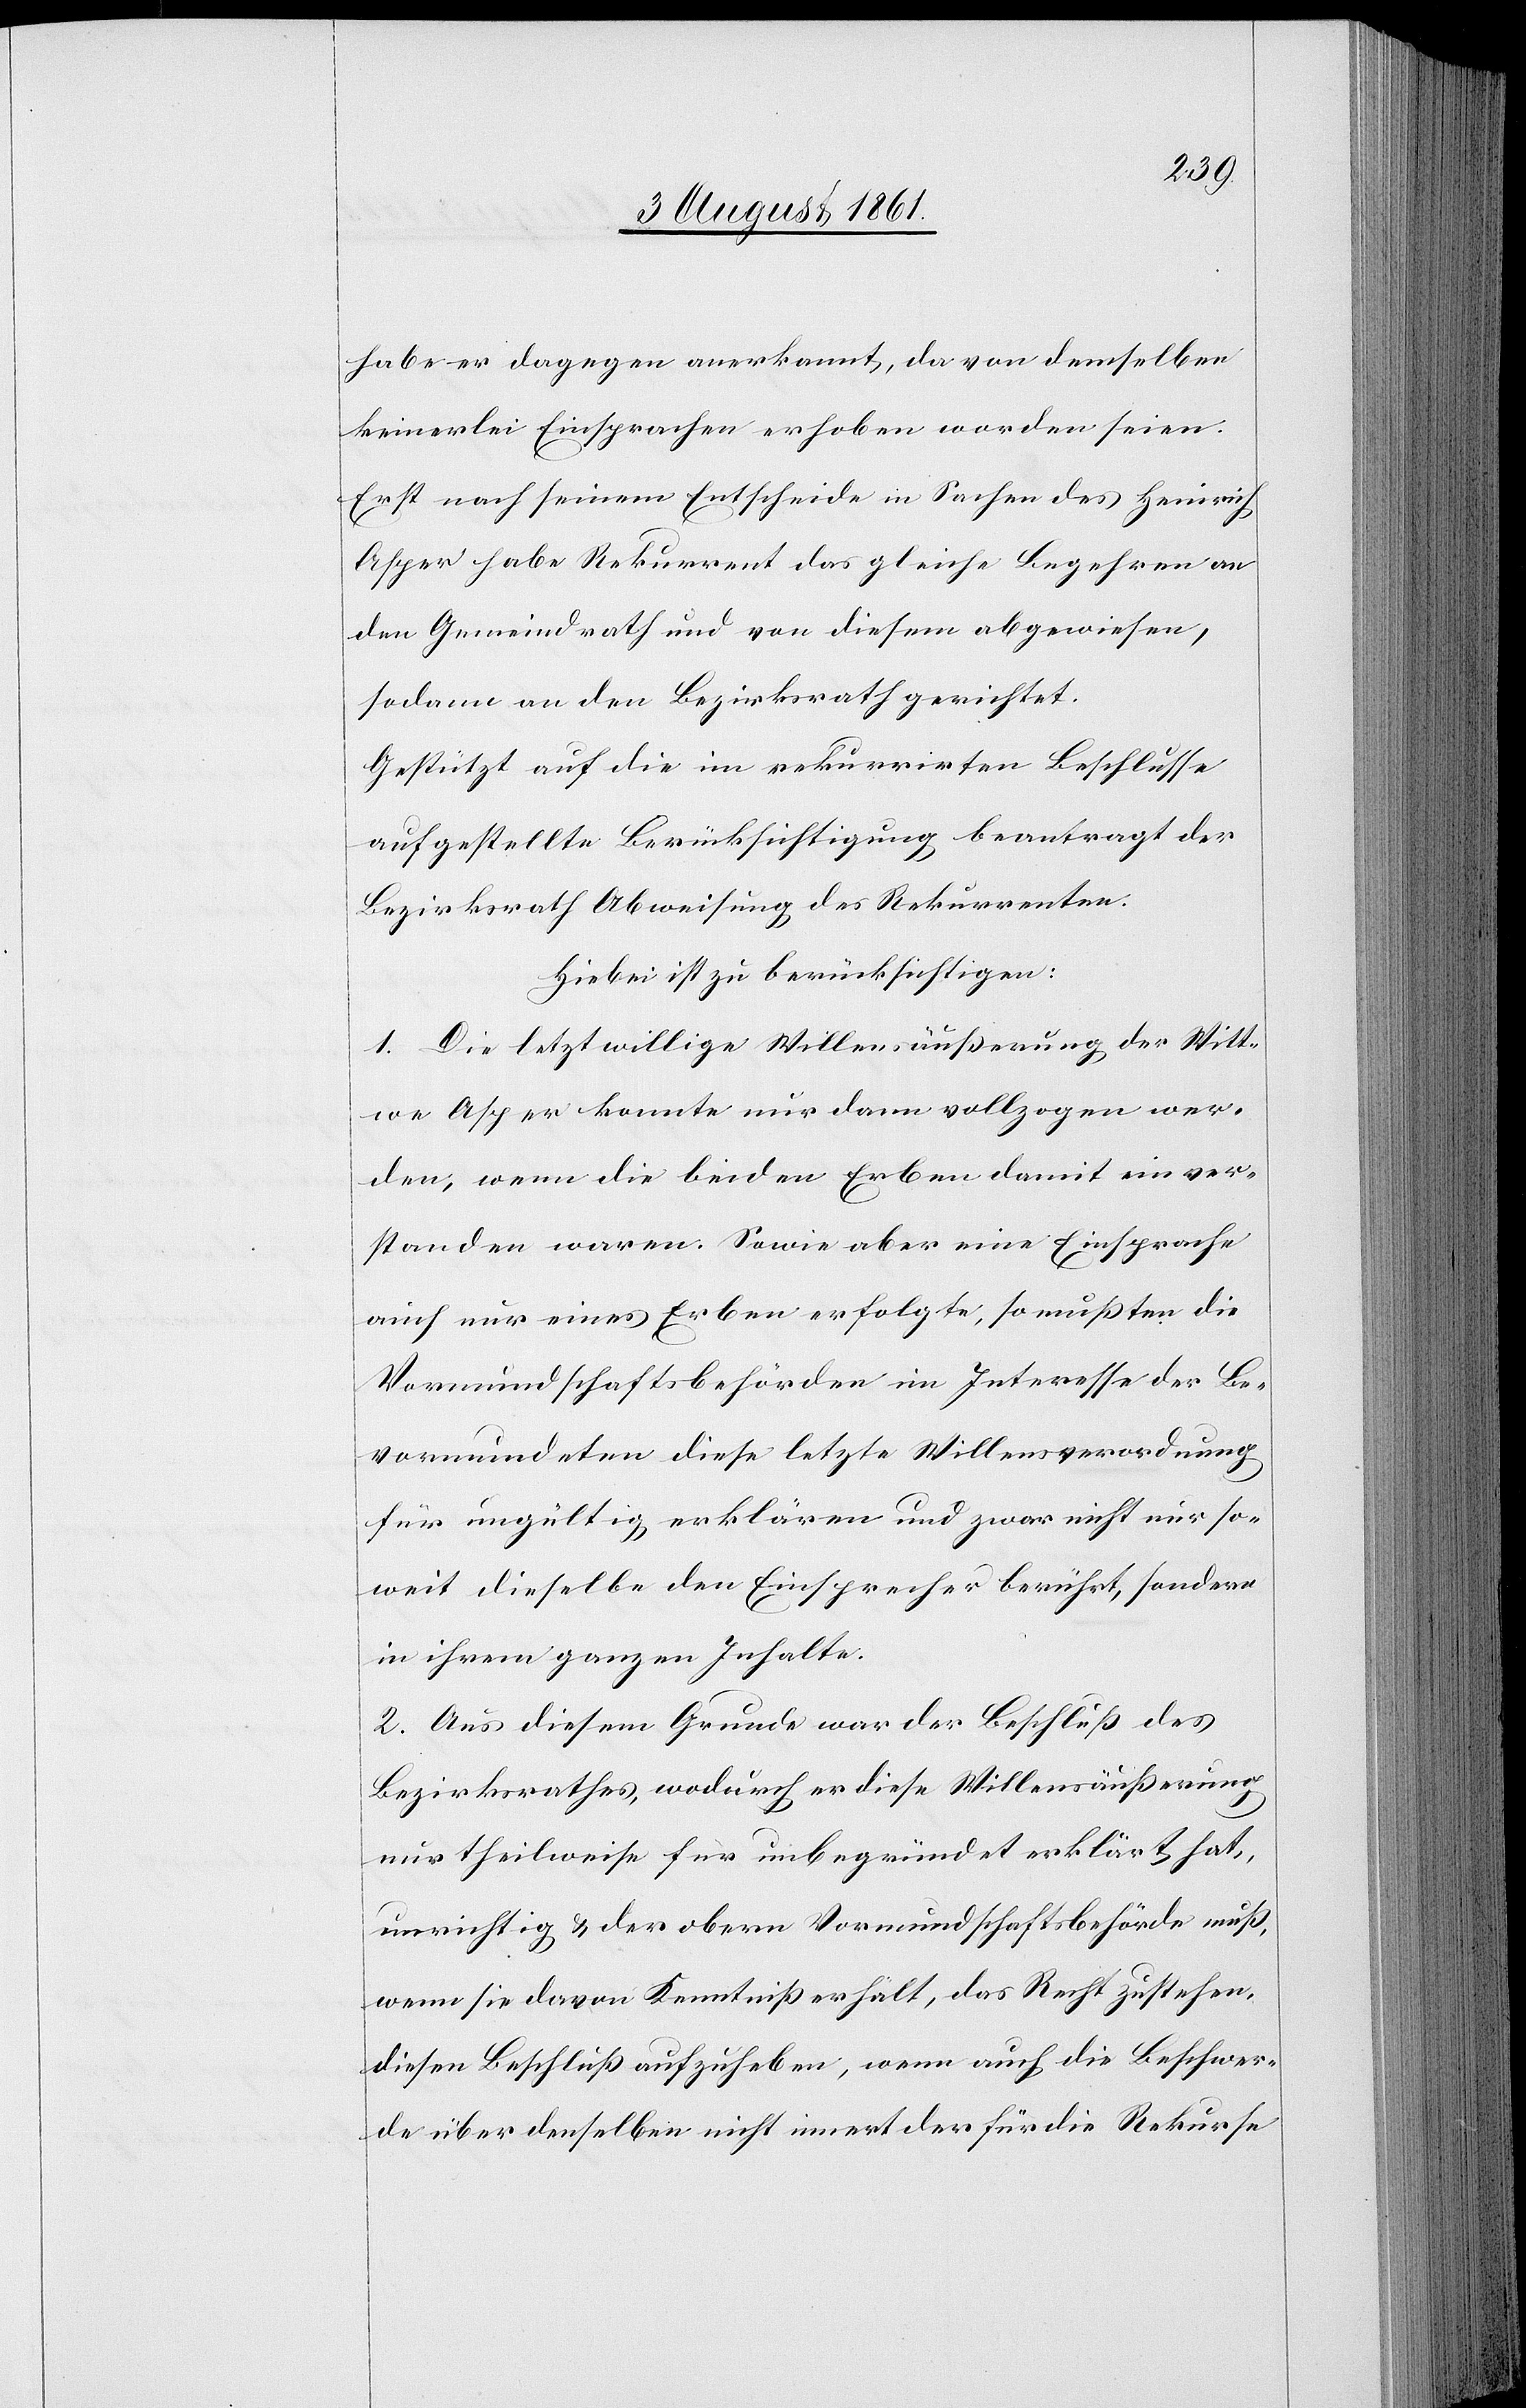
habe er dagegen anerkannt, da von demselben
keinerlei Einsprachen erhoben worden seien.
Erst nach seinem Entscheide in Sachen des Heinrich
Asper habe Rekurrent das gleiche Begehren an
den Gemeindrath und von diesem abgewiesen,
sodann an den Bezirksrath gerichtet.
Gestützt auf die im rekurrirten Beschlusse
aufgestellte Berücksichtigung beantragt der
Bezirksrath Abweisung des Rekurrenten.
Hiebei ist zu berücksichtigen:
1. Die letztwillige Willensäußerung der Witt¬
we Asper konnte nur dann vollzogen wer¬
den, wenn die beiden Erben damit einver¬
standen waren. Sowie aber eine Einsprache
auch nur eines Erben erfolgte, so mußten die
Vormundschaftsbehörden im Interesse der Be¬
vormundeten diese letzte Willensverordnung
für ungültig erklären und zwar nicht nur so¬
weit dieselbe den Einsprecher berührt, sondern
in ihrem ganzen Inhalte.
2. Aus diesem Grunde war der Beschluß des
Bezirksrathes, wodurch er diese Willensäußerung
nur theilweise für unbegründet erkärt hat,
unrichtig u. der obern Vormundschaftsbehörde muß,
wenn sie davon Kenntniß erhält, das Recht zustehen,
diesen Beschluß aufzuheben, wenn auch die Beschwer¬
de über denselben nicht innert der für die Rekurse